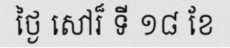
ថ្ងៃ សៅរ៏ ទី ១៨ ខែ